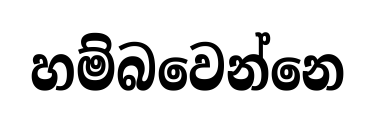
හම්බවෙන්නෙ